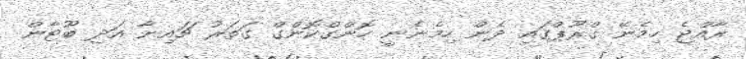
ރާއްޖެ ހިމެނޭ ގްރޫޕްގައި ދެން ހިމެނެނީ ހޮންގްކޮންގް ގަތަރު ޗައިނާ އަދި ބޫޓާން